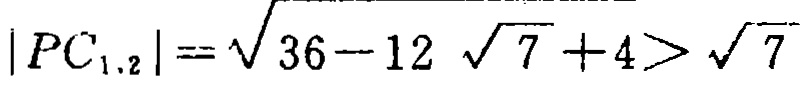
\(|PC_{1,2}|=\sqrt{36 - 12\sqrt{7}+4}>\sqrt{7}\)